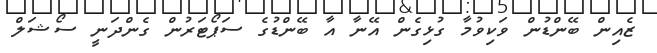
ޒެއިން ބޭންޑުން ވަކިވުމާ ގުޅިގެން އޭނާ އާ ބޭންޑުގެ ސަޕޯޓަރުން ގެންދަނީ ސޯޝަލް